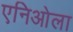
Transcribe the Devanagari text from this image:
एनिओला